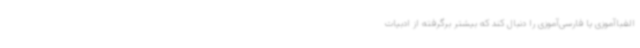
الفباآموزی یا فارسی‌آموزی را دنبال کند که بیشتر برگرفته از ادبیات